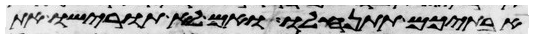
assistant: אבתיכם תתנחלו ואם לא תורישו את